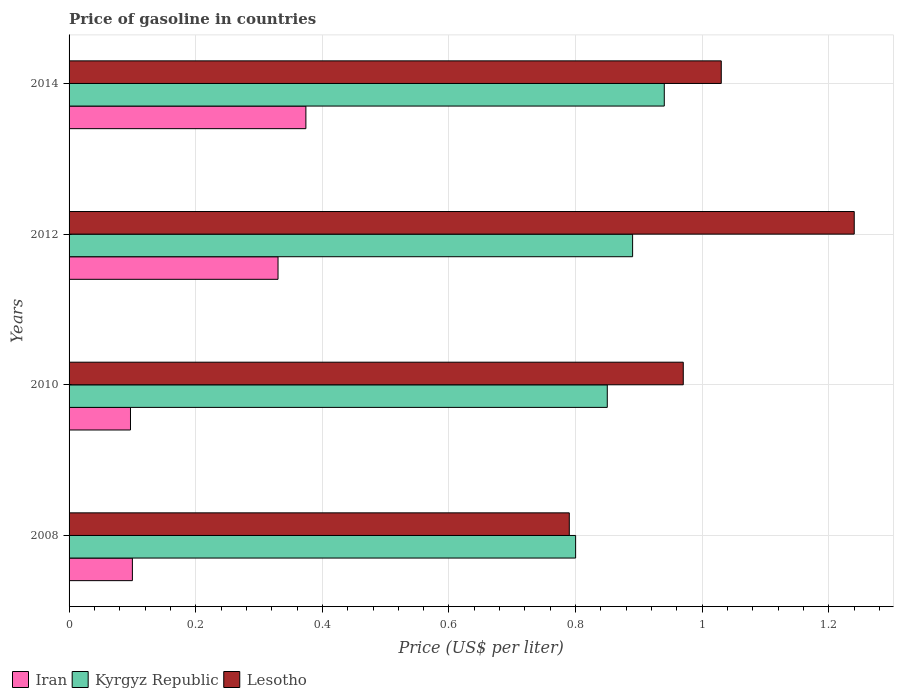
| Years | Iran | Kyrgyz Republic | Lesotho |
 | --- | --- | --- | --- |
 | 2008 | 0.1 | 0.8 | 0.79 |
 | 2010 | 0.097 | 0.85 | 0.97 |
 | 2012 | 0.33 | 0.89 | 1.24 |
 | 2014 | 0.374 | 0.94 | 1.03 |